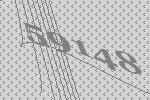
59148